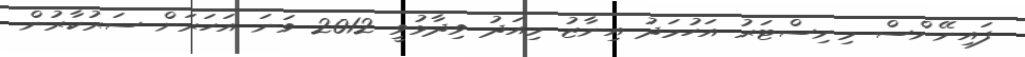
ފައިނޭންސް މިނިސްޓަރު އަހުމަދު އިނާޒު މިއަދު ވިދާޅުވީ 2012 ވަނަ އަހަރަށް ސަރުކާރުން